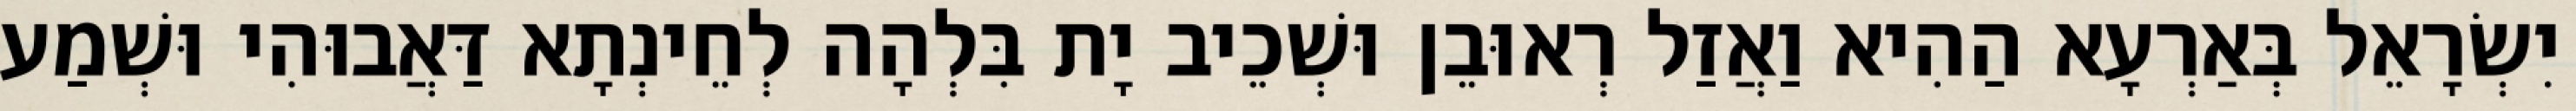
יִשְׂרָאֵל בְּאַרְעָא הַהִיא וַאֲזַל רְאוּבֵן וּשְׁכֵיב יָת בִּלְהָה לְחֵינְתָא דַּאֲבוּהִי וּשְׁמַע